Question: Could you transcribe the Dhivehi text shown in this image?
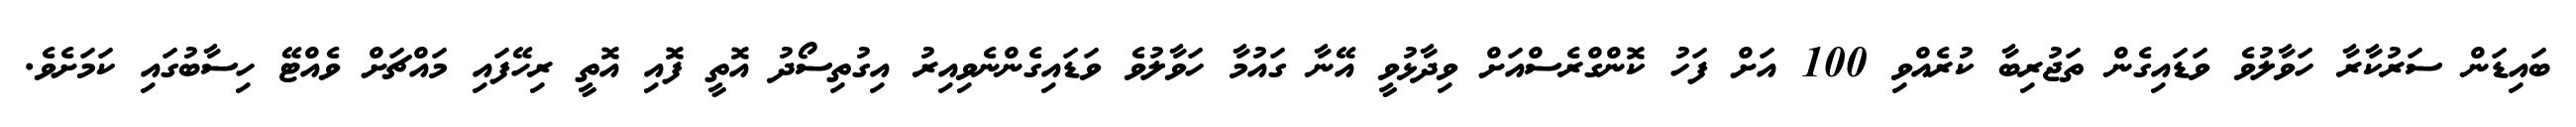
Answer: ބައިޑަން ސަރުކާރާ ހަވާލުވެ ވަޑައިގެން ތަޖުރިބާ ކުރެއްވި 100 އަށް ފަހު ކޮންގްރެސްއަށް ވިދާޅުވީ އޭނާ ގައުމާ ހަވާލުވެ ވަޑައިގެންނެވިއިރު އިގުތިސޯދު އޮތީ ފޮއި އޮތީ ރިހޭފައި މައްޗަށް ވެއްޓޭ ހިސާބުގައި ކަމަށެވެ.